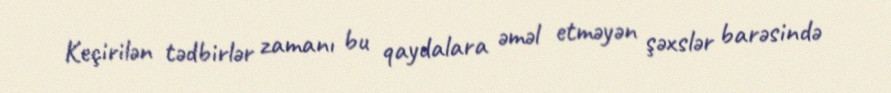
Keçirilən tədbirlər zamanı bu qaydalara əməl etməyən şəxslər barəsində